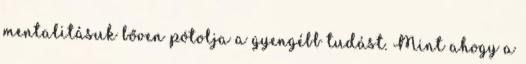
mentalitásuk bőven pótolja a gyengébb tudást. Mint ahogy a